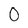
Character: 0